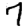
Digit: 7